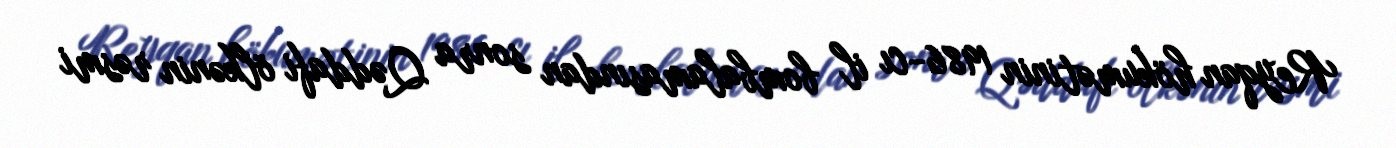
Reyqan hökumətinin 1986-cı il bombalamasından sonra Qəddafi ölkənin rəsmi